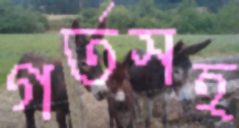
গর্তসহ